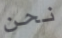
نحن